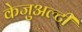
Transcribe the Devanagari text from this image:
केजुअल्टी